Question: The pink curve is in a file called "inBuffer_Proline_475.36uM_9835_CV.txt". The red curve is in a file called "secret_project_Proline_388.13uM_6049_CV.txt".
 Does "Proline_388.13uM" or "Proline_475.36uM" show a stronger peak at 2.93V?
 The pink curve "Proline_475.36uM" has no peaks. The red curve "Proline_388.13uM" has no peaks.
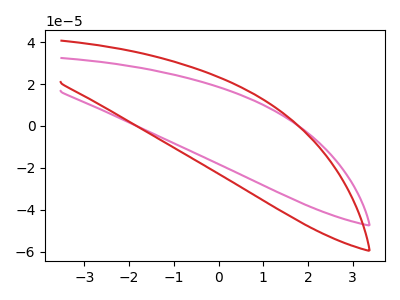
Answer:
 <answer>"Proline_388.13uM" and "Proline_475.36uM" dont share a peak at 2.93V.</answer>
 <eval>mismatch</eval>